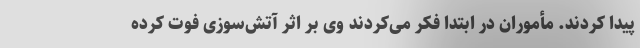
پیدا کردند. مأموران در ابتدا فکر می‌کردند وی بر اثر آتش‌سوزی فوت کرده